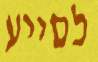
לסייע